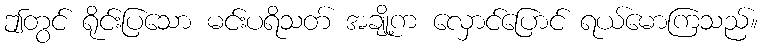
ဤတွင် ရိုင်းပြသော မင်းပရိသတ် အချို့က လှောင်ပြောင် ရယ်မောကြသည်။